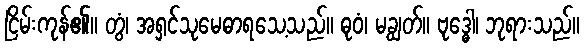
ငြိမ်းကုန်၏။ တွံ၊ အရှင်သုမေဓာရသေ့သည်။ ဓုဝံ၊ မချွတ်။ ဗုဒ္ဓေါ၊ ဘုရားသည်။